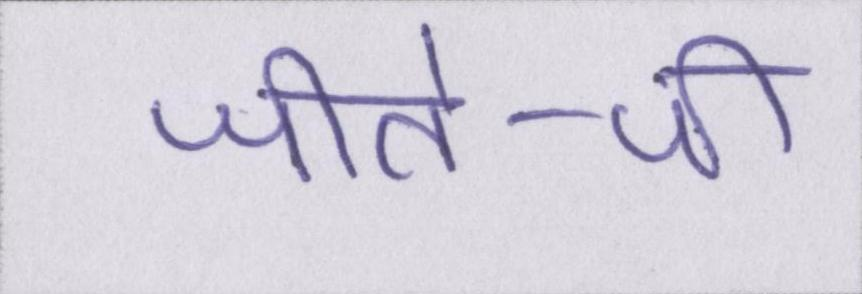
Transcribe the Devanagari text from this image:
जीते-जी